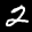
Label: 2